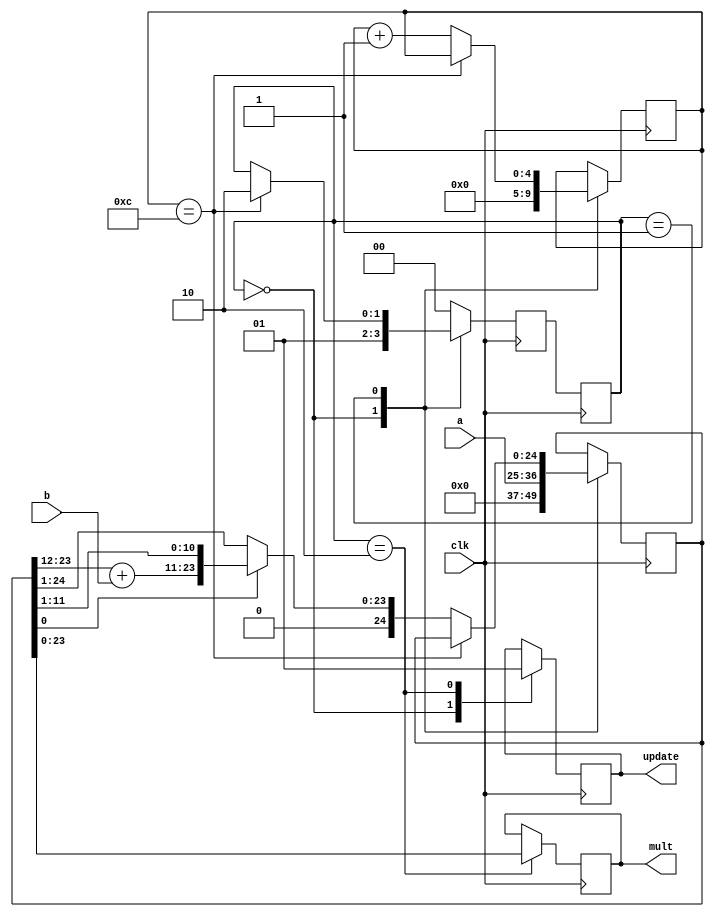
`timescale 1ns / 100ps
/*
Title         :  Radix 2 Multiplier
Project       :  Useful HDLs

Filename      :  Mult.v
Author        :  Madeline Crowley
Created       :  Thu Nov  2 17:03:09 2023
Last Modified :  02/29/2024 19:44:36
Copyright (c) :  Madeline (Liam) Crowley

INPUTS        : a, b, clk
OUTPUTS       : mult (a*b), update (indicates completion of multiplication)
PARAMETERS    : m (bit-width of inputs)

Description   : A radix-2 sequential Booth's multiplier

Mod History   : Thu Nov  2 17:03:09 2023 : created
                02/24/2024 09:24:33 : Reformatted, extraneous code removed
*/


module Mult #(
    parameter m = 12
) (  /*AUTOARG*/
    // Outputs
    mult,
    update,
    // Inputs
    a,
    b,
    clk
);
    input [m-1:0] a, b;
    input clk;
    output reg [2*m-1:0] mult;
    output reg update;
    reg [$clog2(m):0] cnt;
    reg [2*m:0] pA;

    localparam s0 = 2'b00,  //DATA LOAD
    s1 = 2'b01,  //SEQUENTIAL ADDITION
    s2 = 2'b10,  //DATA OUT
    s3_PLACEHOLDER = 2'b11;

    reg [1:0] cState, nState;

    initial begin
        cnt = 0;
        pA = 0;
        //sum = 0;
        cState = s0;
    end

    always @(posedge clk) begin
        cState <= nState;
        case (cState)
            s0: begin
                cnt <= 0;
                pA <= {{m + 1{1'b0}}, a};
                nState <= s1;
                update <= 1'b0;
            end
            s1: begin
                if (cnt == m) begin
                    nState <= s2;
                end else begin : shift_thing
                    reg dummy;
                    cnt <= cnt + 1;
                    nState <= cState;
                    if (pA[0]) begin
                        {pA, dummy} <= {1'b0, {1'b0, pA[2*m-1:m]} + {1'b0, b}, pA[m-1:0]};
                    end else begin
                        pA <= pA >> 1;
                    end
                end
            end
            s2: begin
                mult   <= pA[2*m-1:0];
                update <= 1'b1;
                nState <= s0;
            end
            default: begin
                nState <= s0;
            end
        endcase

    end

endmodule  // Mult